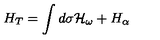
H _ { T } = \int d { \sigma } { \cal H } _ { \omega } + H _ { \alpha }